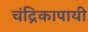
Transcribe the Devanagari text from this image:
चंद्रिकापायी